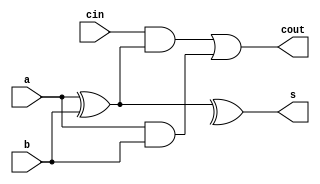
module full_adder_a(
    input a,
    input b,
    input cin,
    output s,
    output cout
    );
    
assign s=(a^b)^c;
assign cout=cin&(a^b)|a&b;
    
endmodule